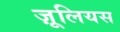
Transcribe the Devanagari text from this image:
ज़ूलियस